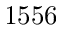
1 5 5 6